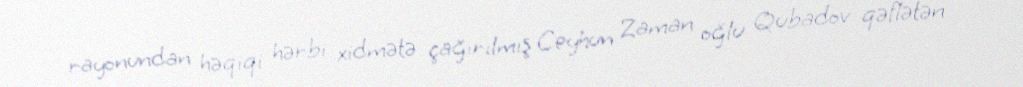
rayonundan həqiqi hərbi xidmətə çağırılmış Ceyhun Zaman oğlu Qubadov qəflətən